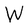
Character: W